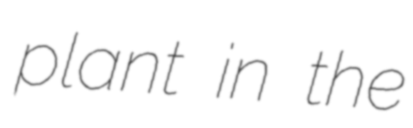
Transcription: plant in the